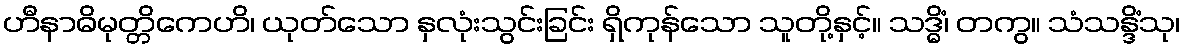
ဟီနာဓိမုတ္တိကေဟိ၊ ယုတ်သော နှလုံးသွင်းခြင်း ရှိကုန်သော သူတို့နှင့်။ သဒ္ဓိံ၊ တကွ။ သံသန္ဒိံသု၊